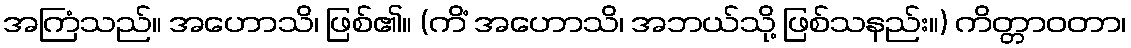
အကြံသည်။ အဟောသိ၊ ဖြစ်၏။ (ကိံ အဟောသိ၊ အဘယ်သို့ ဖြစ်သနည်း။) ကိတ္တာဝတာ၊